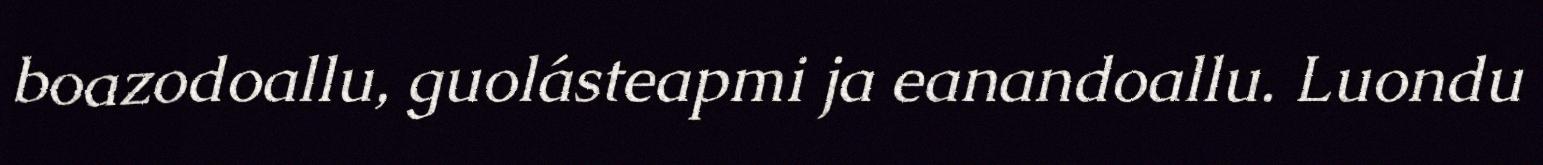
boazodoallu, guolásteapmi ja eanandoallu. Luondu